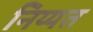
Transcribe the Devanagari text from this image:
निय्यत